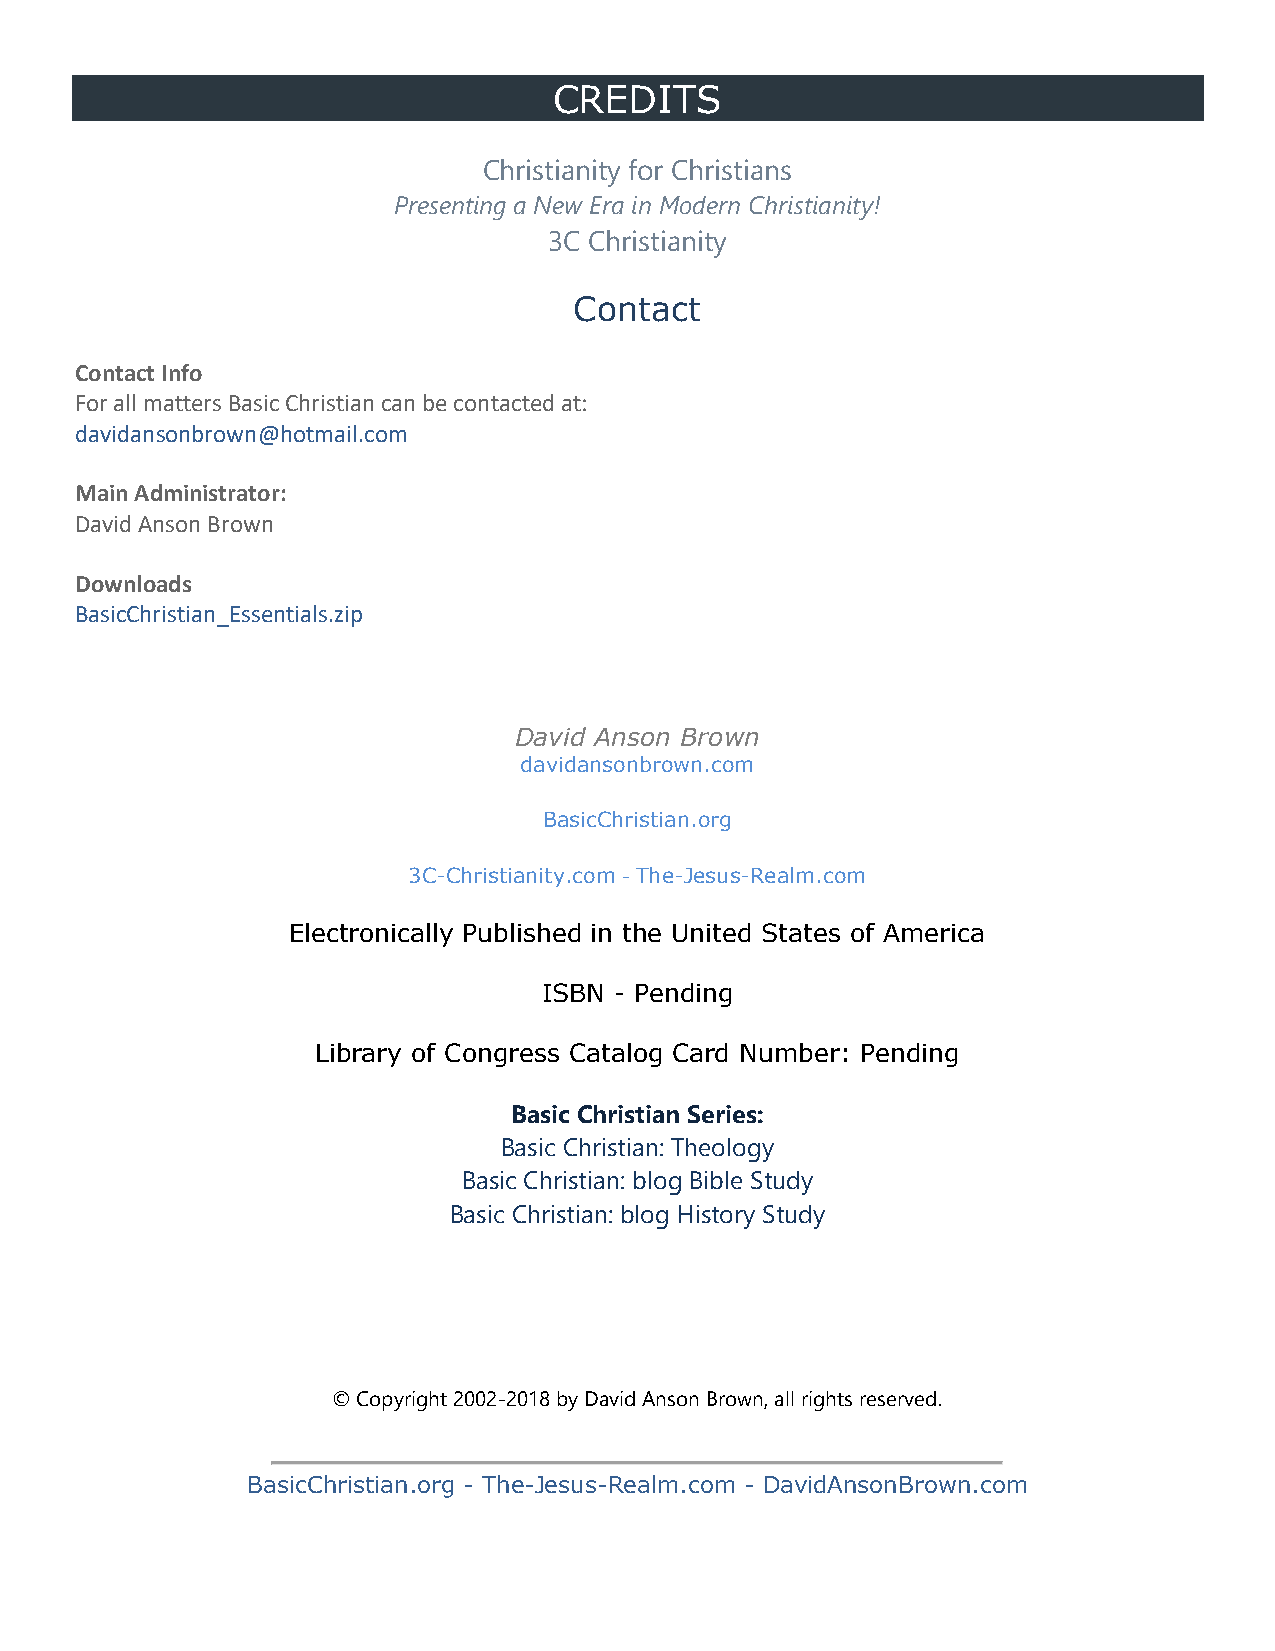
CREDITS
 Christianity for Christians
 Presenting a New Era in Modern Christianity!
 3C Christianity
 Contact
 Contact Info
 For all matters Basic Christian can be contacted at:
 davidansonbrown@hotmail.com
 Main Administrator:
 David Anson Brown
 Downloads
 BasicChristian_Essentials.zip
 David Anson Brown
 davidansonbrown.com
 BasicChristian.org
 3C-Christianity.com - The-Jesus-Realm.com
 Electronically Published in the United States of America
 ISBN - Pending
 Library of Congress Catalog Card Number: Pending
 Basic Christian Series:
 Basic Christian: Theology
 Basic Christian: blog Bible Study
 Basic Christian: blog History Study
 © Copyright 2002-2018 by David Anson Brown, all rights reserved.
 BasicChristian.org - The-Jesus-Realm.com - DavidAnsonBrown.com